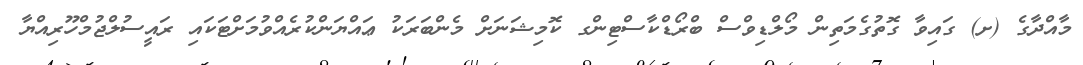
މާއްދާގެ (ށ) ގައިވާ ގޮތުގެމަތިން މޯލްޑިވްސް ބްރޯޑްކާސްޓިންގ ކޮމިޝަނަށް މެންބަރަކު ޢައްޔަންކުރެއްވުމަށްޓަކައި ރައީސުލްޖުމްހޫރިއްޔާ